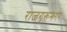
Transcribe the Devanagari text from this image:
राजगुरूनगर